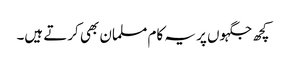
کچھ جگہوں پر یہ کام مسلمان بھی کرتے ہیں۔